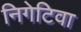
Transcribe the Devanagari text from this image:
निगेटिवा